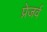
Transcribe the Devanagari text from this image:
प्रेजर्व